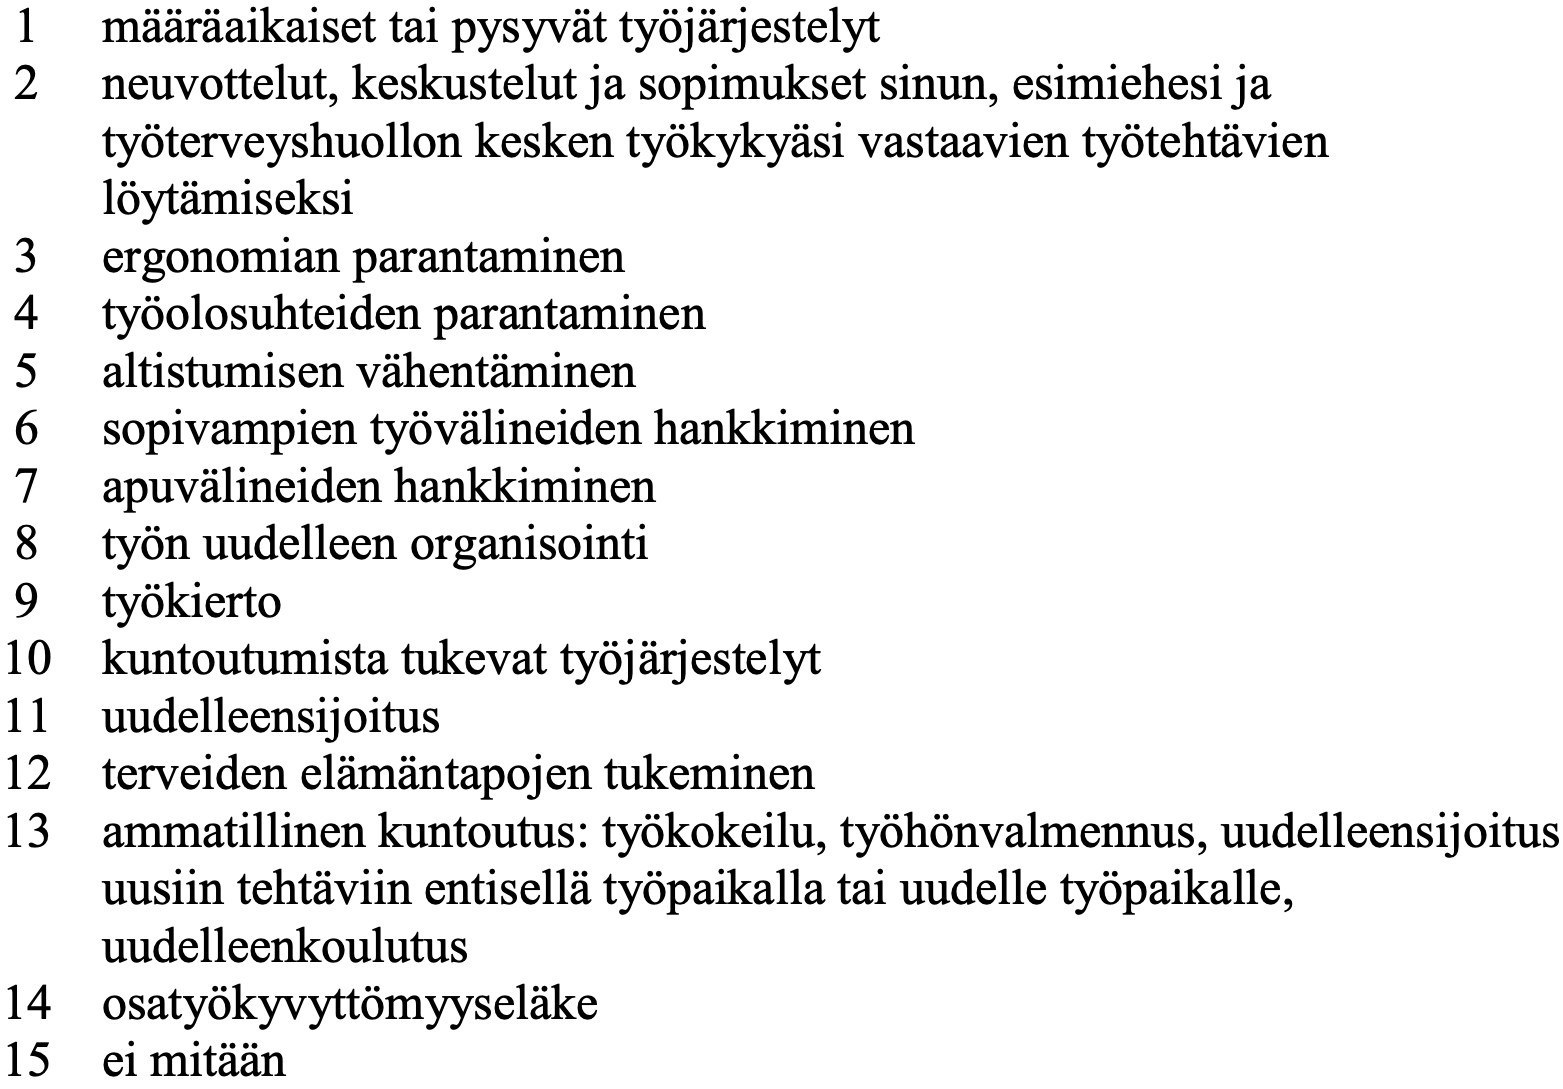
1  määräaikaiset tai pysyvät työjärjestelyt 2  neuvottelut, keskustelut ja sopimukset sinun, esimiehesi ja työterveyshuollon kesken työkykyäsi vastaavien työtehtävien löytämiseksi 3  ergonomian parantaminen 4  työolosuhteiden parantaminen 5  altistumisen vähentäminen 6  sopivampien työvälineiden hankkiminen 7  apuvälineiden hankkiminen 8  työn uudelleen organisointi 9  työkierto 10 kuntoutumista tukevat työjärjestelyt 11 uudelleensijoitus 12 terveiden elämäntapojen tukeminen 13 ammatillinen kuntoutus: työkokeilu, työhönvalmennus, uudelleensijoitus uusiin tehtäviin entisellä työpaikalla tai uudelle työpaikalle, uudelleenkoulutus 14 osatyökyvyttömyyseläke 15 ei mitään